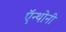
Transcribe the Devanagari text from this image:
ऍन्थोनी